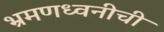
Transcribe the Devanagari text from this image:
भ्रमणध्वनीची